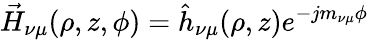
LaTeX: \vec{H}_{\nu\mu}(\rho,z,\phi)={\hat{h}}_{\nu\mu}(\rho,z)e^{-jm_{\nu\mu}\phi}